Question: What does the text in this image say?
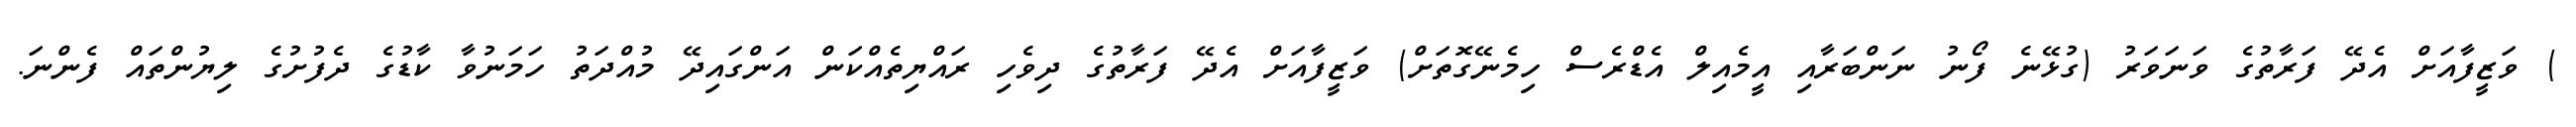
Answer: ) ވަޒީފާއަށް އެދޭ ފަރާތުގެ ވަނަވަރު (ގުޅޭނެ ފޯނު ނަންބަރާއި އީމެއިލް އެޑްރެސް ހިމެނޭގޮތަށް) ވަޒީފާއަށް އެދޭ ފަރާތުގެ ދިވެހި ރައްޔިތެއްކަން އަންގައިދޭ މުއްދަތު ހަމަނުވާ ކާޑުގެ ދެފުށުގެ ލިޔުންތައް ފެންނަ.